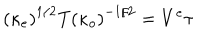
LaTeX: \left( \kappa _ { e } \right) ^ { 1 / 2 } T \left( \kappa _ { o } \right) ^ { - 1 / 2 } = V ^ { e } \tau